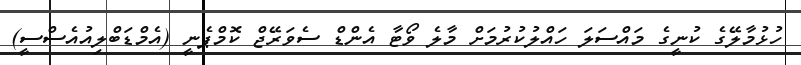
ހުޅުމާލޭގެ ކުނީގެ މައްސަލަ ހައްލުކުރުމަށް މާލެ ވޯޓާ އެންޑް ސެވަރޭޖް ކޮމްޕެނީ (އެމްޑަބްލިއުއެސްސީ)